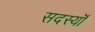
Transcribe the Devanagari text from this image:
सदस्यॊं